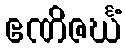
ဧဏိဇင်္ဃံ